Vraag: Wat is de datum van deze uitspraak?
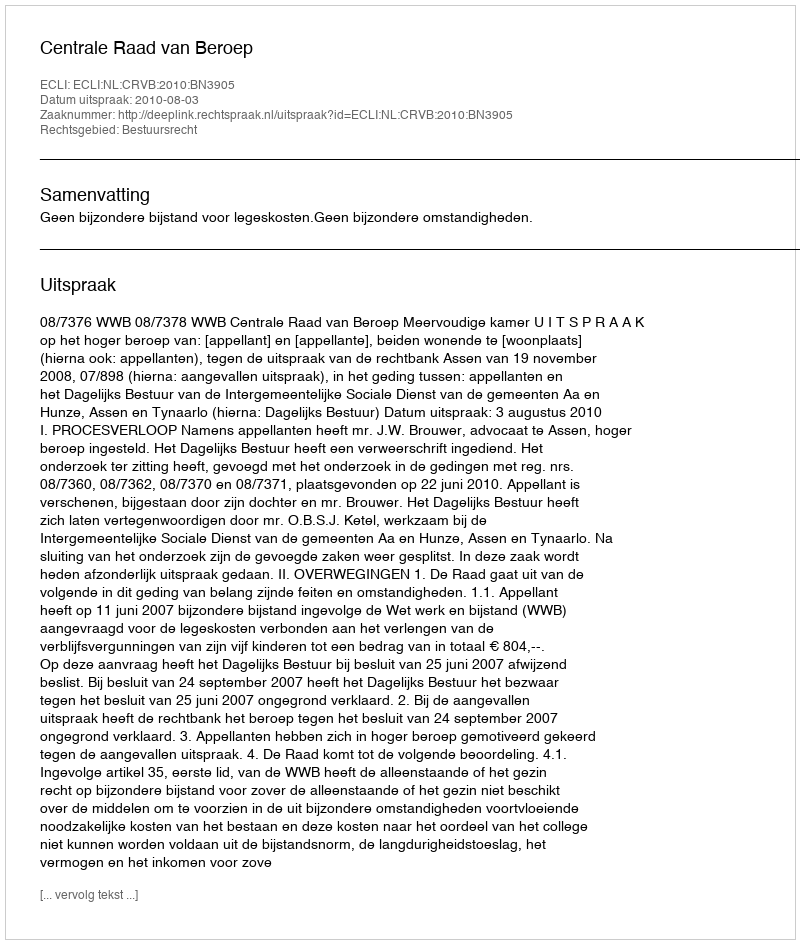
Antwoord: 2010-08-03